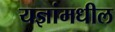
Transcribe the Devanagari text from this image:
यज्ञांमधील